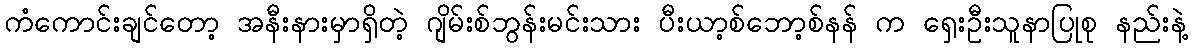
ကံကောင်းချင်တော့ အနီးနားမှာရှိတဲ့ ဂျိမ်းစ်ဘွန်းမင်းသား ပီးယာ့စ်ဘော့စ်နန် က ရှေးဦးသူနာပြုစု နည်းနဲ့